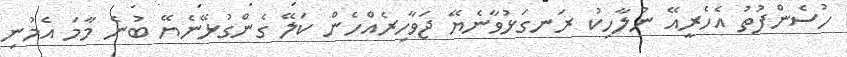
ހުސެންފުތު އެހެރީއޭ ނުލާހިކު ރަނގަޅުވާނެޔޭ ޖަވާހިރެއްހެން ކަލޭ ގެންގުޅޭނެޔޭ ބުނެ މާމަ އެމުނި